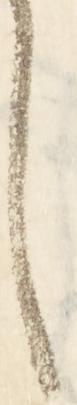
し